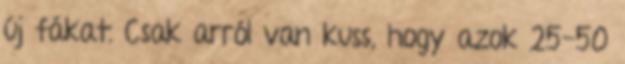
új fákat. Csak arról van kuss, hogy azok 25-50